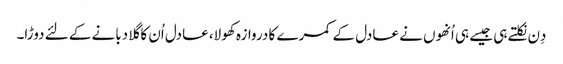
دِن نکلتے ہی جیسے ہی اُنھوں نے عادل کے کمرے کا دروازہ کھولا، عادل اُن کا گلا دبانے کے لئے دوڑا۔